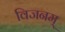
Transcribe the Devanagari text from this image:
विजनम्